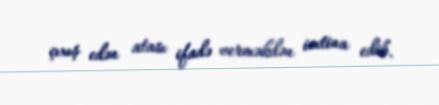
çıxış edən atası ifadə verməkdən imtina edib.